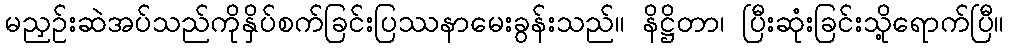
မညှဉ်းဆဲအပ်သည်ကိုနှိပ်စက်ခြင်းပြဿနာမေးခွန်းသည်။ နိဋ္ဌိတာ၊ ပြီးဆုံးခြင်းသို့ရောက်ပြီ။